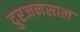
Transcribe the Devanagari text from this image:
दुरजनसाल